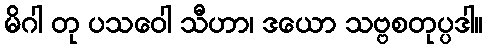
မိဂါ တု ပသဝေါ သီဟာ၊ ဒယော သဗ္ဗစတုပ္ပဒါ။